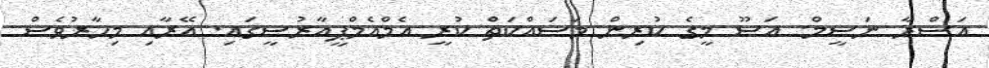
އަސްރާ ނަސީމް: އަސޫ މީގެ ކުރިން މަސައްކަތް ކުރީ އެމްއެމްޕީއާރުސީގައި. އޭރާއި މިހާރުވެސް